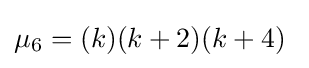
\mu _{6}=(k)(k+2)(k+4)\